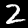
Digit: 2